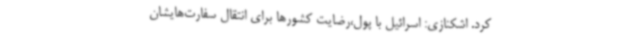
کرد. اشکنازی: اسرائیل با پول،رضایت کشورها برای انتقال سفارت‌هایشان